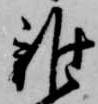
雑